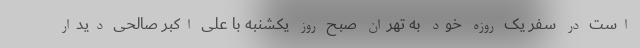
است در سفر یک روزه خود به تهران صبح روز یکشنبه با علی اکبر صالحی دیدار